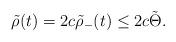
LaTeX: \begin{align*}\tilde{\rho}(t) = 2c \tilde{\rho}_-(t) \leq 2c \tilde{\Theta}.\end{align*}